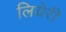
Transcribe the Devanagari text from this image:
लियेरी